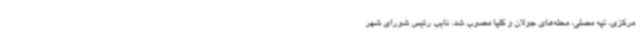
مرکزی، تپه مصلی، محله‌های جولان و کلپا مصوب شد. نایب رئیس شورای شهر